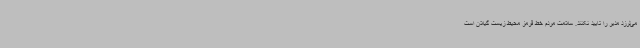
می‌لرزد مدیر را تایید نکنند. سلامت مردم خط قرمز محیط زیست گیلان است